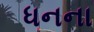
ધનના